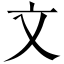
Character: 文